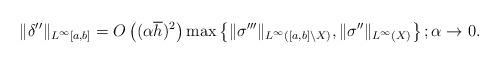
LaTeX: \begin{align*}\| \delta'' \|_{L^{\infty}[a,b]}= O\left( (\alpha \overline{h} )^2 \right) \max\left\{ \| \sigma''' \|_{L^{\infty}([a,b]\setminus X)},\| \sigma'' \|_{L^{\infty}(X)} \right\};\alpha\to 0.\end{align*}